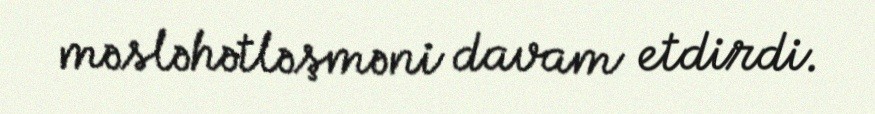
məsləhətləşməni davam etdirdi.